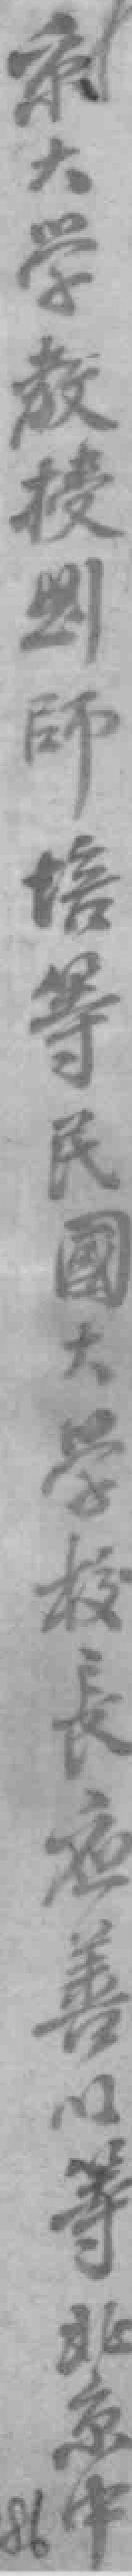
京大學教授劉師培等民國大學校長应善以等北京中